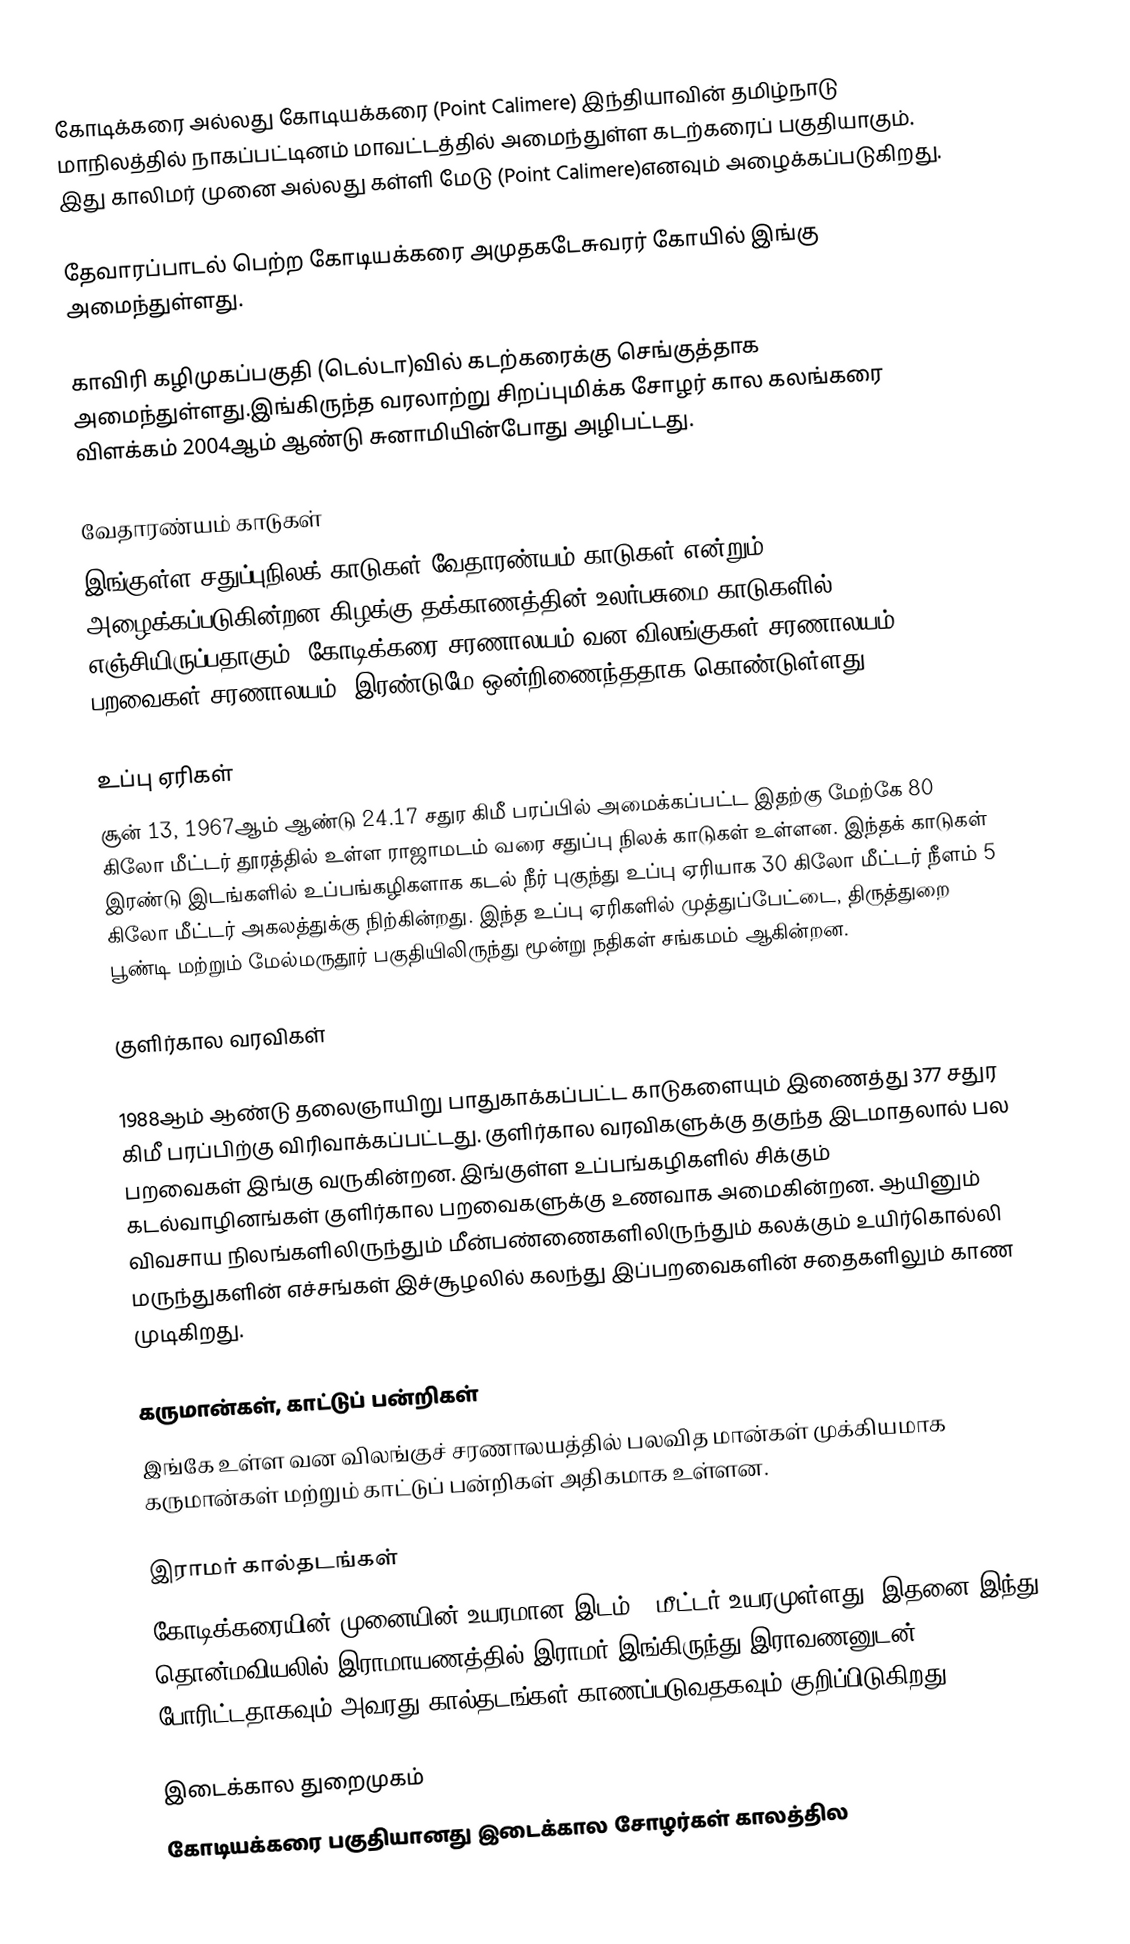
கோடிக்கரை அல்லது கோடியக்கரை (Point Calimere) இந்தியாவின் தமிழ்நாடு மாநிலத்தில் நாகப்பட்டினம் மாவட்டத்தில் அமைந்துள்ள கடற்கரைப் பகுதியாகும். இது காலிமர் முனை அல்லது கள்ளி மேடு (Point Calimere)எனவும் அழைக்கப்படுகிறது.

தேவாரப்பாடல் பெற்ற கோடியக்கரை அமுதகடேசுவரர் கோயில் இங்கு அமைந்துள்ளது.

காவிரி கழிமுகப்பகுதி  (டெல்டா)வில் கடற்கரைக்கு செங்குத்தாக அமைந்துள்ளது.இங்கிருந்த வரலாற்று சிறப்புமிக்க சோழர் கால கலங்கரை விளக்கம் 2004ஆம் ஆண்டு சுனாமியின்போது அழிபட்டது.

வேதாரண்யம் காடுகள்
இங்குள்ள சதுப்புநிலக் காடுகள்,வேதாரண்யம் காடுகள் என்றும் அழைக்கப்படுகின்றன,கிழக்கு தக்காணத்தின் உலர்பசுமை காடுகளில் எஞ்சியிருப்பதாகும். கோடிக்கரை சரணாலயம் வன விலங்குகள் சரணாலயம், பறவைகள் சரணாலயம், இரண்டுமே ஒன்றிணைந்ததாக கொண்டுள்ளது.

உப்பு ஏரிகள்
சூன் 13, 1967ஆம் ஆண்டு 24.17 சதுர கிமீ பரப்பில் அமைக்கப்பட்ட இதற்கு மேற்கே 80 கிலோ மீட்டர் தூரத்தில் உள்ள ராஜாமடம் வரை சதுப்பு நிலக் காடுகள் உள்ளன. இந்தக் காடுகள் இரண்டு இடங்களில் உப்பங்கழிகளாக கடல் நீர் புகுந்து உப்பு ஏரியாக 30 கிலோ மீட்டர் நீளம் 5 கிலோ மீட்டர் அகலத்துக்கு நிற்கின்றது. இந்த உப்பு ஏரிகளில் முத்துப்பேட்டை, திருத்துறை பூண்டி மற்றும் மேல்மருதூர் பகுதியிலிருந்து மூன்று நதிகள் சங்கமம் ஆகின்றன.

குளிர்கால வரவிகள்

1988ஆம் ஆண்டு தலைஞாயிறு பாதுகாக்கப்பட்ட காடுகளையும் இணைத்து 377 சதுர கிமீ பரப்பிற்கு விரிவாக்கப்பட்டது.  குளிர்கால வரவிகளுக்கு தகுந்த இடமாதலால் பல பறவைகள் இங்கு வருகின்றன.  இங்குள்ள உப்பங்கழிகளில் சிக்கும் கடல்வாழினங்கள் குளிர்கால பறவைகளுக்கு உணவாக அமைகின்றன. ஆயினும் விவசாய நிலங்களிலிருந்தும் மீன்பண்ணைகளிலிருந்தும் கலக்கும் உயிர்கொல்லி மருந்துகளின் எச்சங்கள் இச்சூழலில் கலந்து இப்பறவைகளின் சதைகளிலும் காண முடிகிறது.

கருமான்கள், காட்டுப் பன்றிகள்
இங்கே உள்ள வன விலங்குச் சரணாலயத்தில் பலவித மான்கள் முக்கியமாக கருமான்கள் மற்றும் காட்டுப் பன்றிகள் அதிகமாக உள்ளன.

இராமர் கால்தடங்கள்
கோடிக்கரையின் முனையின் உயரமான இடம் 4 மீட்டர் உயரமுள்ளது. இதனை இந்து தொன்மவியலில் இராமாயணத்தில் இராமர் இங்கிருந்து இராவணனுடன் போரிட்டதாகவும் அவரது கால்தடங்கள் காணப்படுவதகவும் குறிப்பிடுகிறது.

இடைக்கால துறைமுகம்
கோடியக்கரை பகுதியானது இடைக்கால சோழர்கள் காலத்தில